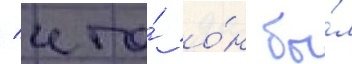
/ что́ о́н бы́л